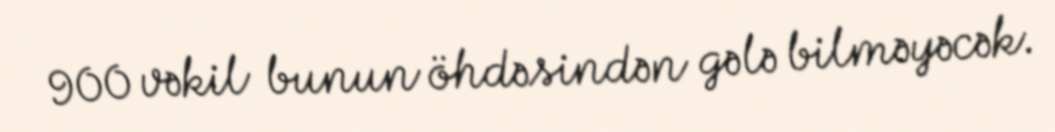
900 vəkil bunun öhdəsindən gələ bilməyəcək.